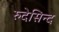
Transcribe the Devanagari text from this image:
रुदेसिन्द